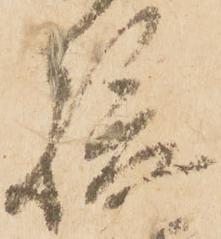
駿